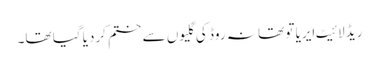
ریڈ لائیٹ ایریا تو تھا نہ روڈ کی گلیوں سے ختم کردیا گیا تھا۔